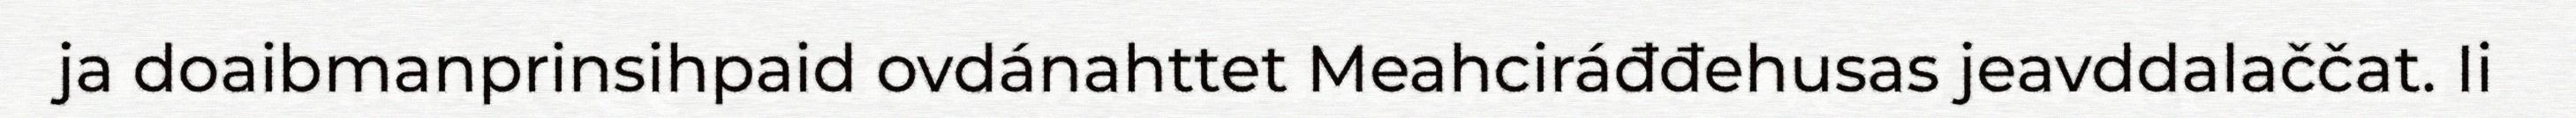
ja doaibmanprinsihpaid ovdánahttet Meahciráđđehusas jeavddalaččat. Ii